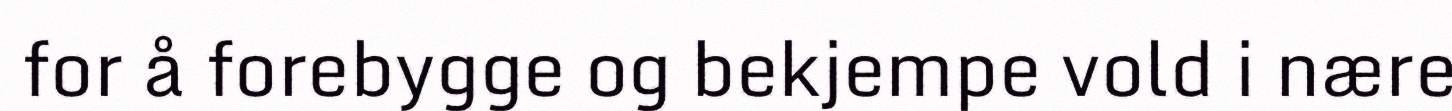
for å forebygge og bekjempe vold i nære